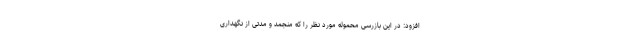
افزود: در این بازرسی محموله مورد نظر را که منجمد و مدتی از نگهداری